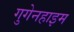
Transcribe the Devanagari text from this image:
गुगेनहाइम